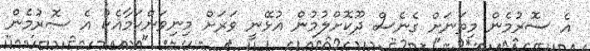
އެ ސޮރުމެން މިތަނަށް ގެނެސް ދޫކޮށްލުމުން އުޅޭނީ ވަރަށް މިނިވަންކަމާއެކު އެ ސޮރުމެން